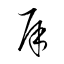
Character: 犀